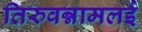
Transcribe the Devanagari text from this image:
तिरुवन्नामलई